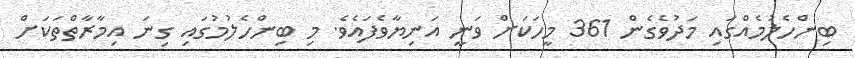
ބިންހެލުމެއްގައި މަދުވެގެން 361 މީހަކަށް ވަނީ އަނިޔާވެފައެވެ. މި ބިންހެލުމުގައި ގިނަ އިމާރާތްތަކަށް